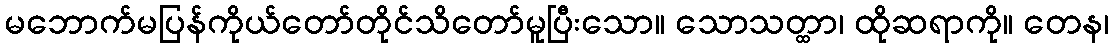
မဘောက်မပြန်ကိုယ်တော်တိုင်သိတော်မူပြီးသော။ သောသတ္ထာ၊ ထိုဆရာကို။ တေန၊